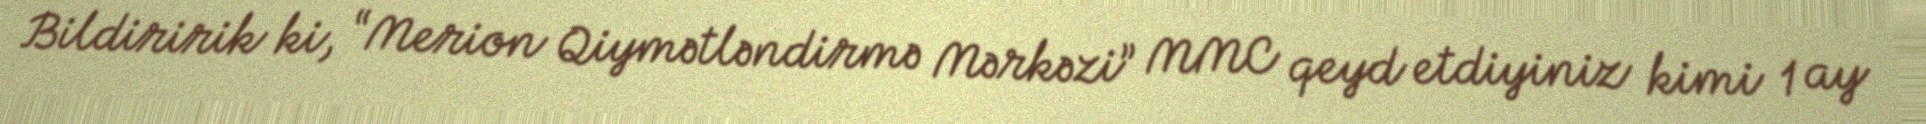
Bildiririk ki, “Merion Qiymətləndirmə Mərkəzi” MMC qeyd etdiyiniz kimi 1 ay